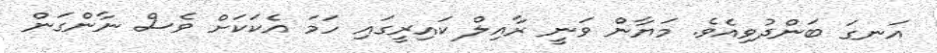
އަނގަ ބަންދުވިއެވެ. މަޔާން ވަނީ ރާއިލް ކައިރީގައި ހަމަ އެކަކަށް ވެސް ނާންގަން